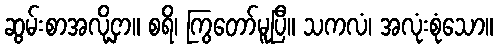
ဆွမ်းစာအလို့ငှာ။ စရိ၊ ကြွတော်မူပြီ။ သကလံ၊ အလုံးစုံသော။